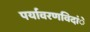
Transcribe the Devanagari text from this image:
पर्यावरणविदांे